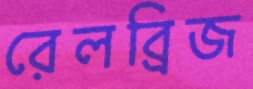
রেলব্রিজ